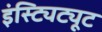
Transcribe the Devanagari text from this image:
इंस्ट्यिट्यूट